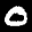
Label: 0